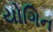
યોગિન